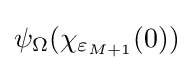
\psi _{\Omega }(\chi _{\varepsilon _{M+1}}(0))